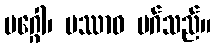
မဂ္ဂေါ၊ ပဿာဝ မဂ်သည်။